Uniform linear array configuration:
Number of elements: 12
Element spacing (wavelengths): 0.25
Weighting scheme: binomial
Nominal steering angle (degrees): -60
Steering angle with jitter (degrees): -59.391
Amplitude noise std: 0.05
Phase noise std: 0.05

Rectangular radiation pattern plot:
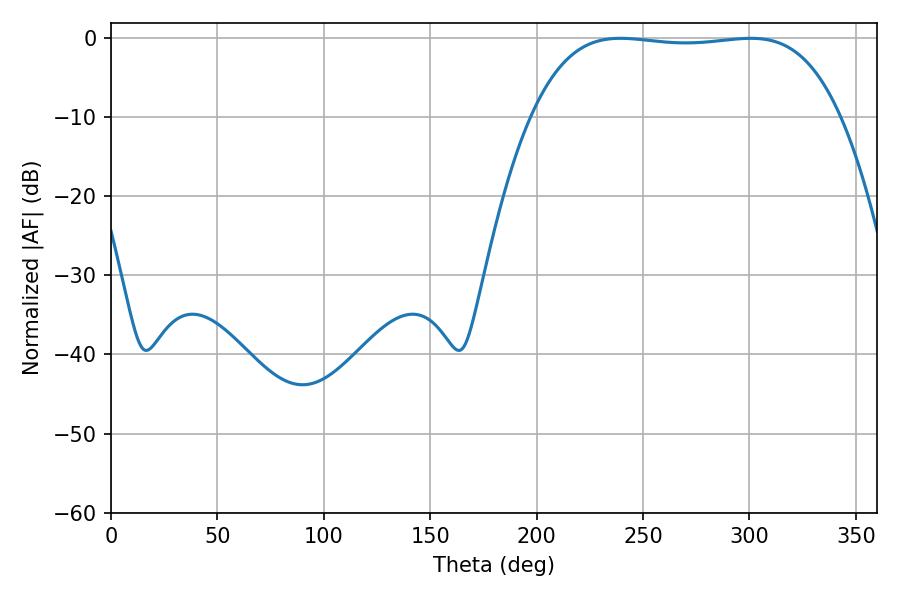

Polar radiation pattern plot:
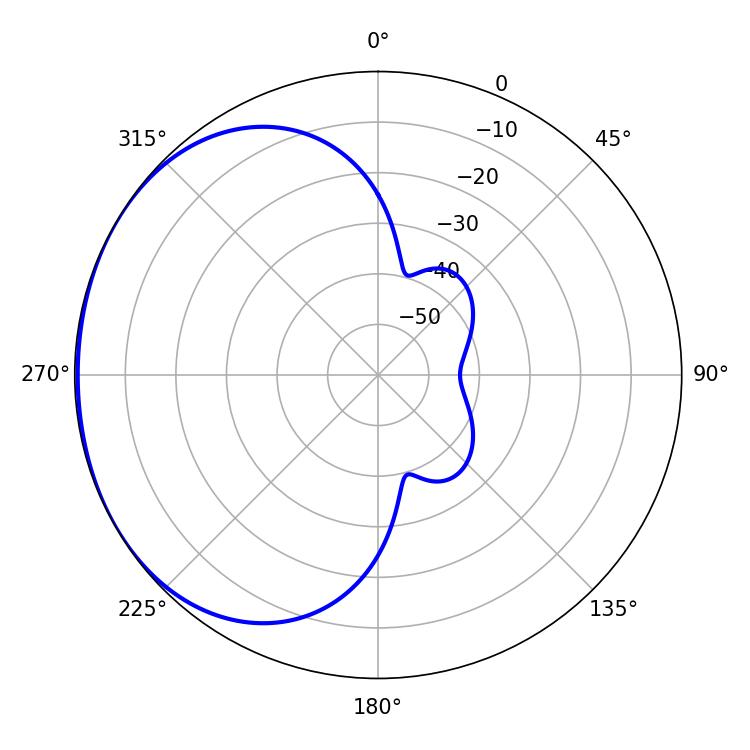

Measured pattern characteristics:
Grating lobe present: FALSE
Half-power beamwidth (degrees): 113.76
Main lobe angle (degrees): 239.4